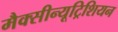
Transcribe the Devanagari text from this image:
मैक्सीन्यूट्रिशियन